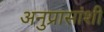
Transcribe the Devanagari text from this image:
अनुप्रासांशी